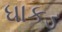
ધાકડ